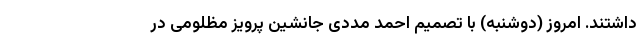
داشتند. امروز (دوشنبه) با تصمیم احمد مددی جانشین پرویز مظلومی در